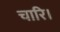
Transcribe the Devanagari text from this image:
चारि।